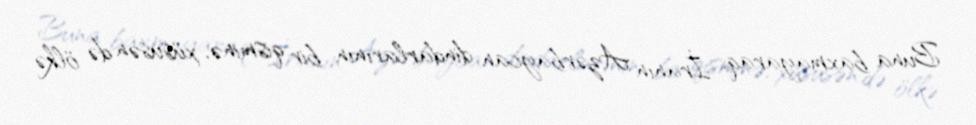
Buna baxmayaraq, İranın Azərbaycan dindarlarının bir qisminə, xüsusən də ölkə